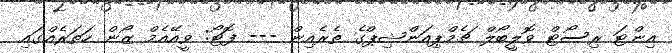
އިންޓަ ރިސޯޓް ވޮލީބޯލް ޗެމްޕިއަންޝިޕްގެ ތެރެއިން --- ފޮޓޯ: ވީއޭއެމް ޒޯން ހަތަރެއްގައި